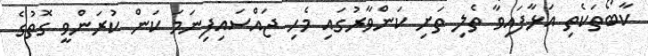
ކާބޯތަކެތި އަޅާފައިވާ ތެލި ތަށި ކަންވާރުގައި މެހި ޖައްސައިފިނަމަ ކަން ކުރަންވީ ގޮތުގެ